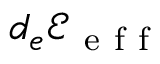
d _ { e } \mathcal { E } _ { \mathrm { ~ e ~ f ~ f ~ } }